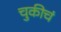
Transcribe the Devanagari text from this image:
चुकीचं